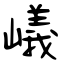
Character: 嶬